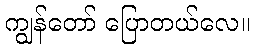
ကျွန်တော် ပြောတယ်လေ။